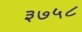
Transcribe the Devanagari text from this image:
३७५८